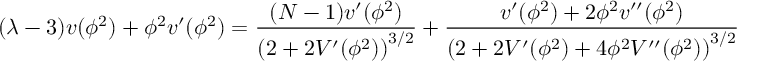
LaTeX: ( \lambda - 3 ) v ( \phi ^ { 2 } ) + \phi ^ { 2 } v ^ { \prime } ( \phi ^ { 2 } ) = \frac { ( N - 1 ) v ^ { \prime } ( \phi ^ { 2 } ) } { \left( 2 + 2 V ^ { \prime } ( \phi ^ { 2 } ) \right) ^ { 3 / 2 } } + \frac { v ^ { \prime } ( \phi ^ { 2 } ) + 2 \phi ^ { 2 } v ^ { \prime \prime } ( \phi ^ { 2 } ) } { \left( 2 + 2 V ^ { \prime } ( \phi ^ { 2 } ) + 4 \phi ^ { 2 } V ^ { \prime \prime } ( \phi ^ { 2 } ) \right) ^ { 3 / 2 } }